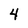
Character: 4